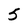
Character: 5